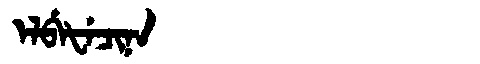
Manchu: ᡝᠯᠪᡝᡶᡝᠴᡳᠨᠠ
Romanization: ELBEFECINA